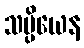
သမ္ပိယေန